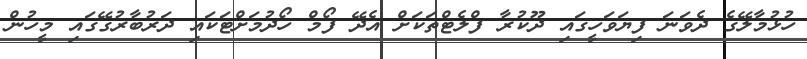
ހުޅުމާލޭގެ ދެވަނަ ފިޔަވަހީގައި ދޫކުރާ ފްލެޓްތަކަށް އެދޭ ފޯމް ހޯދުމަށްޓަކައި ދަރުބާރުގޭގައި މީހުން